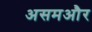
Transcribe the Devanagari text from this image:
असमऔर